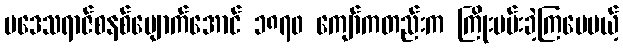
ပဒေသရာဇ်စနစ်ပျောက်အောင် ၁၈၇၀ ကျော်ကတည်းက ကြိုးပမ်းခဲ့ကြပေမယ့်